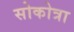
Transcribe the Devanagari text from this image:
सोकोत्रा